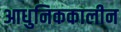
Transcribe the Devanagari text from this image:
आधुनिककालीन